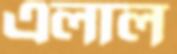
এলাল